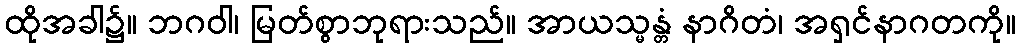
ထိုအခါ၌။ ဘဂဝါ၊ မြတ်စွာဘုရားသည်။ အာယသ္မန္တံ နာဂိတံ၊ အရှင်နာဂတကို။